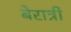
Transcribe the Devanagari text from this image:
बेरात्री